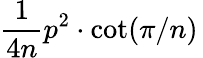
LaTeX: {\frac{1}{4n}}p^{2}\cdot\cot(\pi/n)\,